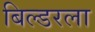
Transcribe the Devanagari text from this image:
बिल्डरला